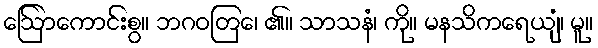
ဩော်ကောင်းစွ။ ဘဂဝတြေ၊ ၏။ သာသနံ၊ ကို။ မနသိကရေယျံ၊ မူ။